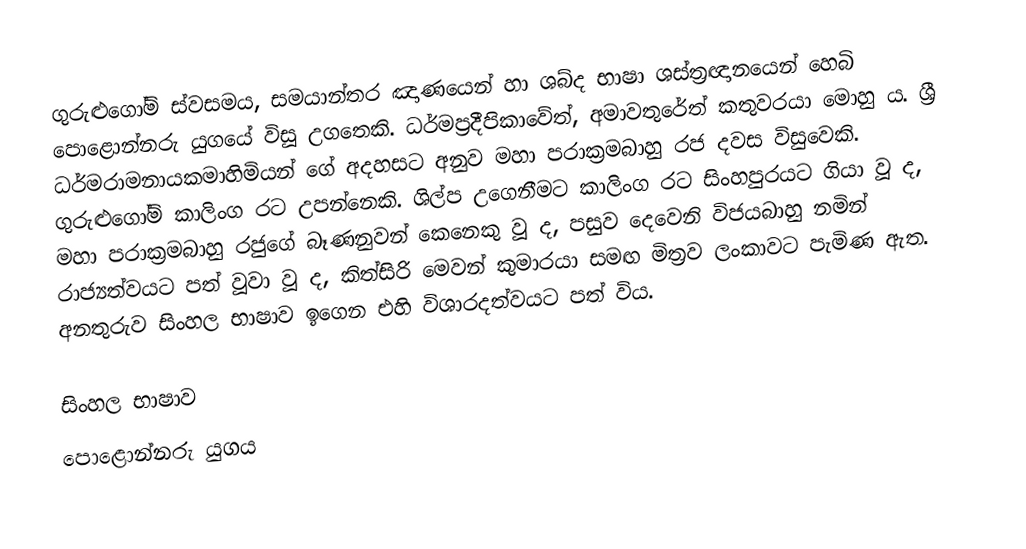
ගුරුළුගෝමි ස්වසමය, සමයාන්තර ඤාණයෙන් හා ශබ්ද භාෂා ශස්ත්‍රඥානයෙන් හෙබි පොළොන්නරු යුගයේ විසූ උගතෙකි. ධර්මප්‍රදීපිකාවේත්, අමාවතුරේත් කතුවරයා මොහු ය​. ශ්‍රී ධර්මරාමනායකමාහිමියන් ගේ අදහසට අනුව මහා පරාක්‍රමබාහු රජ දවස විසුවෙකි. ගුරුළුගෝමි කාලිංග රට උපන්නෙකි. ශිල්ප උගෙනීමට කාලිංග රට සිංහපුරයට ගියා වූ ද​, මහා පරාක්‍රමබාහු රජුගේ බෑණනුවන් කෙනෙකු වූ ද​, පසුව දෙවෙනි විජයබාහු නමින් රාජ්‍යත්වයට පත් වූවා වූ ද​, කිත්සිරි මෙවන් කුමාරයා සමඟ මිත්‍රව ලංකාවට පැමිණ ඇත​. අනතුරුව සිංහල භාෂාව ඉගෙන එහි විශාරදත්වයට පත් විය​.

සිංහල භාෂාව
පොළොන්නරු යුගය